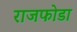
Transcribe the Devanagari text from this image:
राजफोडा